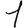
Digit: 1